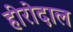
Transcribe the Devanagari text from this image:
हीरोदाल